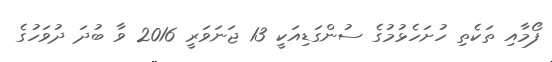
ފޯމާއި ތަކެތި ހުށަހެޅުމުގެ ސުންގަޑިއަކީ 13 ޖަނަވަރީ 2016 ވާ ބުދަ ދުވަހުގެ